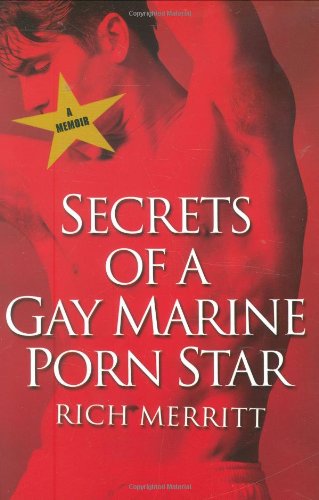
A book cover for Secrets Of A Gay Marine Porn Star; Rich Merritt; Gay & Lesbian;